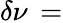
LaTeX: \delta\nu\, =